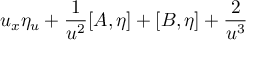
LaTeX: u _ { x } \eta _ { u } + \frac { 1 } { u ^ { 2 } } [ A , \eta ] + [ B , \eta ] + \frac { 2 } { u ^ { 3 } }